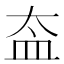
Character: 盇